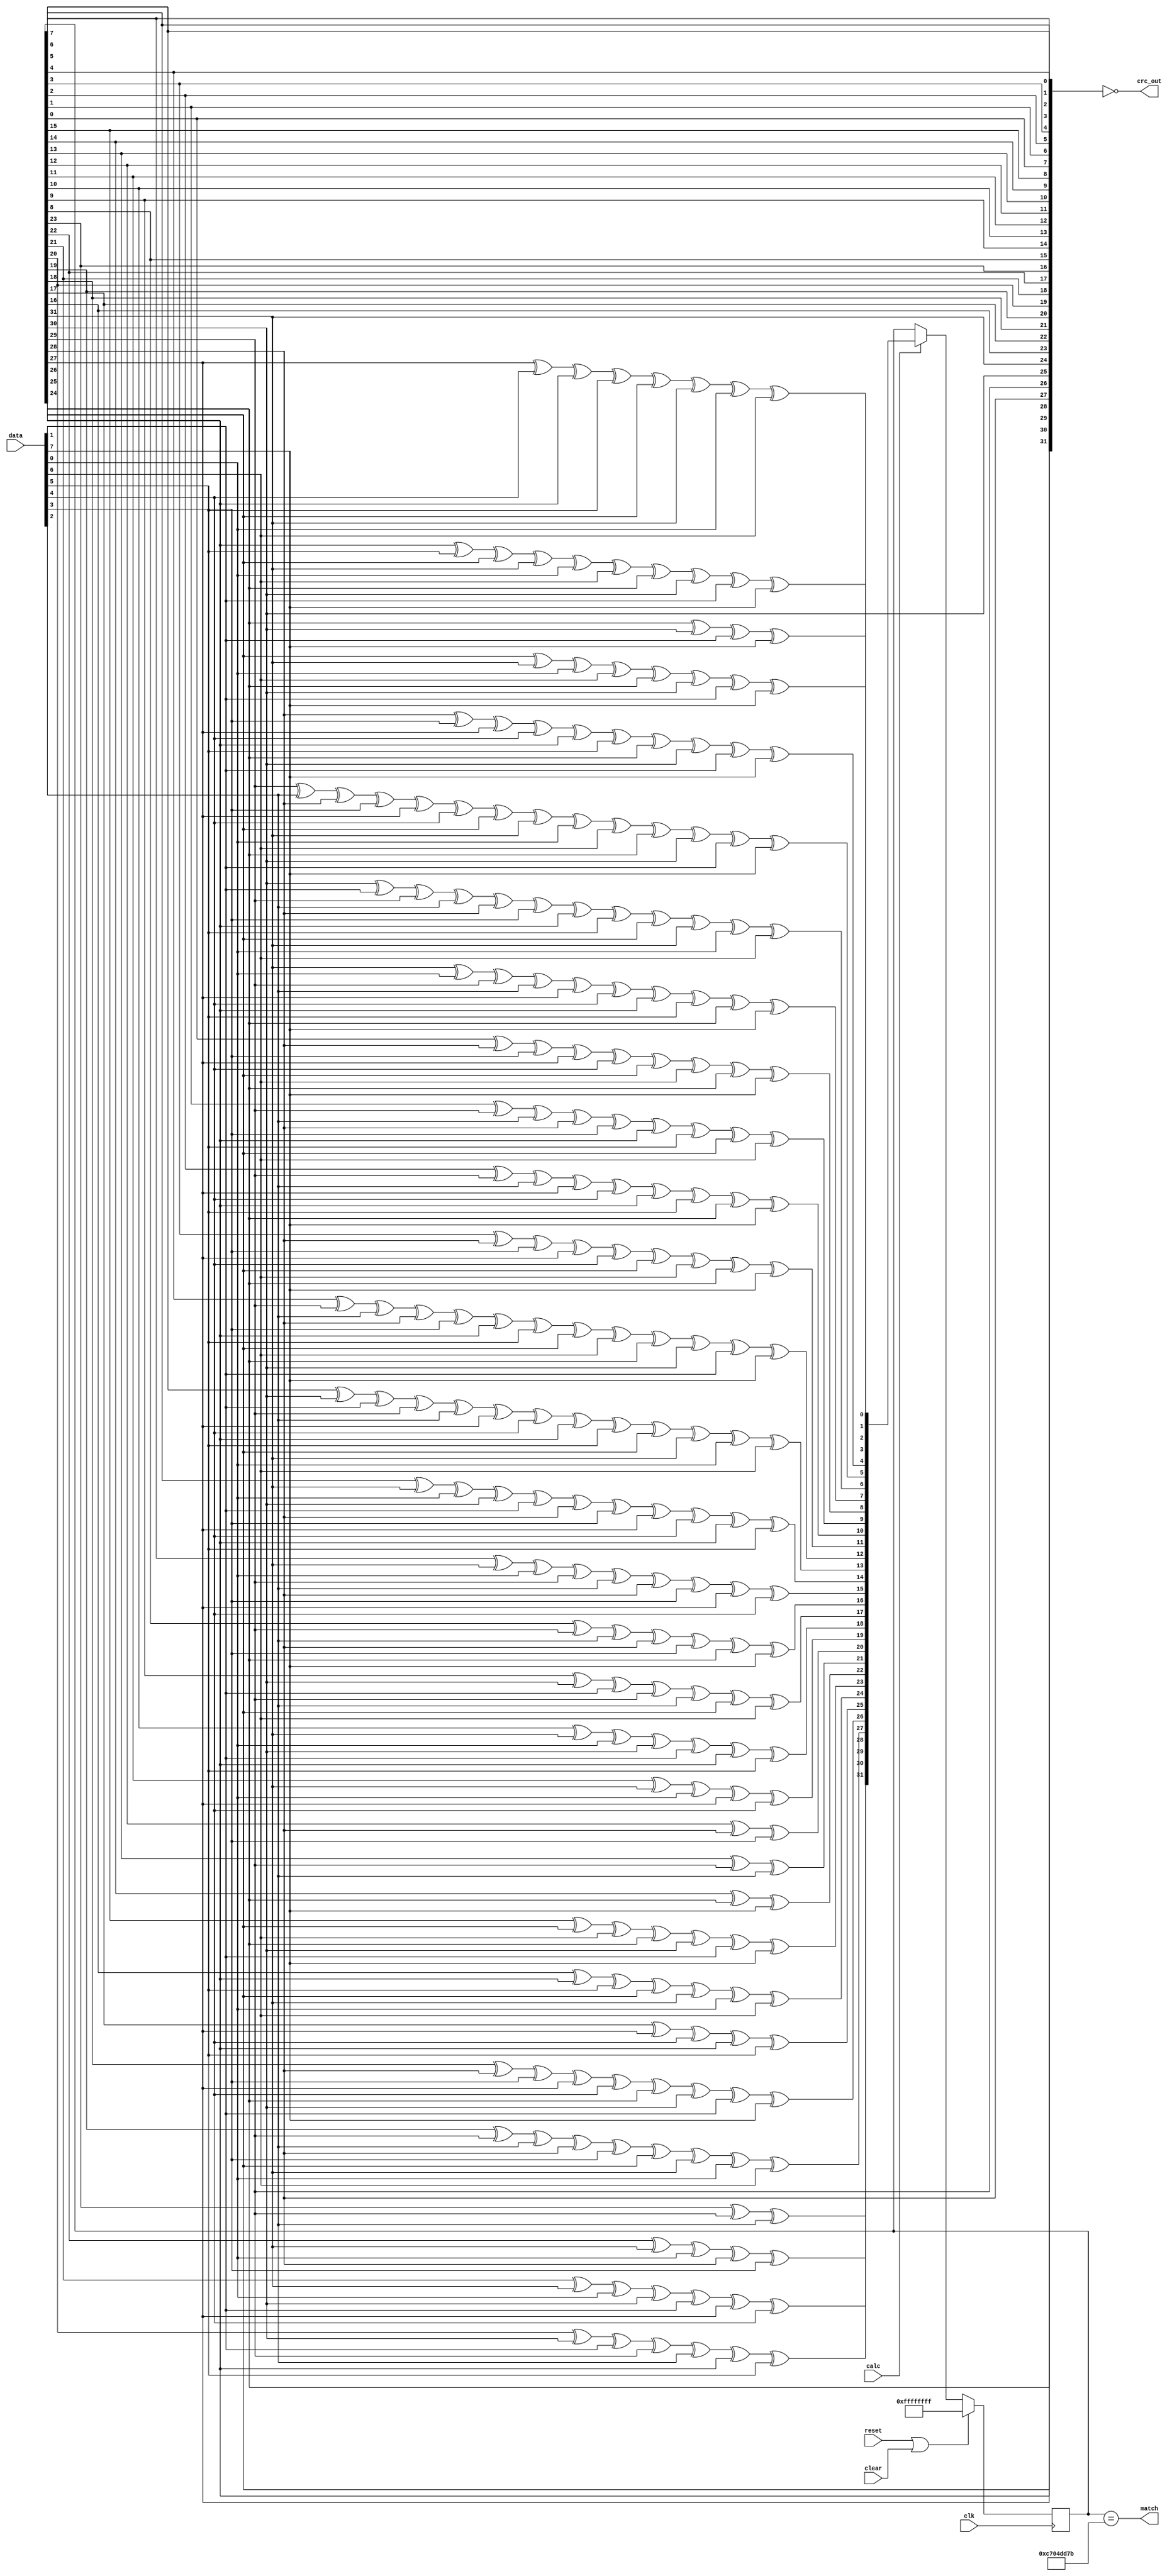
//
// Copyright 2011 Ettus Research LLC
// Copyright 2018 Ettus Research, a National Instruments Company
//
// SPDX-License-Identifier: LGPL-3.0-or-later
//



module crc
  (input clk, 
   input reset,
   input clear, 
   input [7:0] data,
   input calc,
   output [31:0] crc_out,
   output match);
   
   function[31:0]  NextCRC;
      input[7:0]      D;
      input[31:0]     C;
      reg[31:0]       NewCRC;
      begin
	 NewCRC[0]   = C[24]^C[30]^D[1]^D[7];
	 NewCRC[1]   = C[25]^C[31]^D[0]^D[6]^C[24]^C[30]^D[1]^D[7];
	 NewCRC[2]   = C[26]^D[5]^C[25]^C[31]^D[0]^D[6]^C[24]^C[30]^D[1]^D[7];
	 NewCRC[3]   = C[27]^D[4]^C[26]^D[5]^C[25]^C[31]^D[0]^D[6];
	 NewCRC[4]   = C[28]^D[3]^C[27]^D[4]^C[26]^D[5]^C[24]^C[30]^D[1]^D[7];
	 NewCRC[5]   = C[29]^D[2]^C[28]^D[3]^C[27]^D[4]^C[25]^C[31]^D[0]^D[6]^C[24]^C[30]^D[1]^D[7];
	 NewCRC[6]   = C[30]^D[1]^C[29]^D[2]^C[28]^D[3]^C[26]^D[5]^C[25]^C[31]^D[0]^D[6];
	 NewCRC[7]   = C[31]^D[0]^C[29]^D[2]^C[27]^D[4]^C[26]^D[5]^C[24]^D[7];
	 NewCRC[8]   = C[0]^C[28]^D[3]^C[27]^D[4]^C[25]^D[6]^C[24]^D[7];
	 NewCRC[9]   = C[1]^C[29]^D[2]^C[28]^D[3]^C[26]^D[5]^C[25]^D[6];
	 NewCRC[10]  = C[2]^C[29]^D[2]^C[27]^D[4]^C[26]^D[5]^C[24]^D[7];
	 NewCRC[11]  = C[3]^C[28]^D[3]^C[27]^D[4]^C[25]^D[6]^C[24]^D[7];
	 NewCRC[12]  = C[4]^C[29]^D[2]^C[28]^D[3]^C[26]^D[5]^C[25]^D[6]^C[24]^C[30]^D[1]^D[7];
	 NewCRC[13]  = C[5]^C[30]^D[1]^C[29]^D[2]^C[27]^D[4]^C[26]^D[5]^C[25]^C[31]^D[0]^D[6];
	 NewCRC[14]  = C[6]^C[31]^D[0]^C[30]^D[1]^C[28]^D[3]^C[27]^D[4]^C[26]^D[5];
	 NewCRC[15]  = C[7]^C[31]^D[0]^C[29]^D[2]^C[28]^D[3]^C[27]^D[4];
	 NewCRC[16]  = C[8]^C[29]^D[2]^C[28]^D[3]^C[24]^D[7];
	 NewCRC[17]  = C[9]^C[30]^D[1]^C[29]^D[2]^C[25]^D[6];
	 NewCRC[18]  = C[10]^C[31]^D[0]^C[30]^D[1]^C[26]^D[5];
	 NewCRC[19]  = C[11]^C[31]^D[0]^C[27]^D[4];
	 NewCRC[20]  = C[12]^C[28]^D[3];
	 NewCRC[21]  = C[13]^C[29]^D[2];
	 NewCRC[22]  = C[14]^C[24]^D[7];
	 NewCRC[23]  = C[15]^C[25]^D[6]^C[24]^C[30]^D[1]^D[7];
	 NewCRC[24]  = C[16]^C[26]^D[5]^C[25]^C[31]^D[0]^D[6];
	 NewCRC[25]  = C[17]^C[27]^D[4]^C[26]^D[5];
	 NewCRC[26]  = C[18]^C[28]^D[3]^C[27]^D[4]^C[24]^C[30]^D[1]^D[7];
	 NewCRC[27]  = C[19]^C[29]^D[2]^C[28]^D[3]^C[25]^C[31]^D[0]^D[6];
	 NewCRC[28]  = C[20]^C[30]^D[1]^C[29]^D[2]^C[26]^D[5];
	 NewCRC[29]  = C[21]^C[31]^D[0]^C[30]^D[1]^C[27]^D[4];
	 NewCRC[30]  = C[22]^C[31]^D[0]^C[28]^D[3];
	 NewCRC[31]  = C[23]^C[29]^D[2];
	 NextCRC     = NewCRC;
      end
   endfunction

   reg [31:0] crc_reg;
   always @ (posedge clk)
     if (reset | clear)
       crc_reg 	    <= 32'hffffffff;
     else if (calc)
       crc_reg 	    <= NextCRC(data,crc_reg);
        
   assign crc_out    = ~{crc_reg[24],crc_reg[25],crc_reg[26],crc_reg[27],crc_reg[28],crc_reg[29],crc_reg[30],crc_reg[31],
		      crc_reg[16],crc_reg[17],crc_reg[18],crc_reg[19],crc_reg[20],crc_reg[21],crc_reg[22],crc_reg[23],
		      crc_reg[8],crc_reg[9],crc_reg[10],crc_reg[11],crc_reg[12],crc_reg[13],crc_reg[14],crc_reg[15],
		      crc_reg[0],crc_reg[1],crc_reg[2],crc_reg[3],crc_reg[4],crc_reg[5],crc_reg[6],crc_reg[7] };

   assign match  = (crc_reg == 32'hc704_dd7b);
		    
endmodule // crc